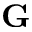
\textbf { G }